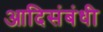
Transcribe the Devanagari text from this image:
आदिसंबंधी